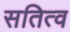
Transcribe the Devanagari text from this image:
सतित्व